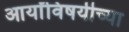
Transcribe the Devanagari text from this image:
आर्यांविषयीच्या